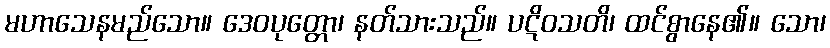
မဟာသေနမည်သော။ ဒေဝပုတ္တော၊ နတ်သားသည်။ ပဋိဝသတိ၊ ထင်စွာနေ၏။ သော၊